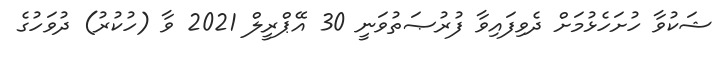
ޝަކުވާ ހުށަހެޅުމަށް ދެވިފައިވާ ފުރުޞަތުވަނީ 30 އޭޕްރީލް 2021 ވާ (ހުކުރު) ދުވަހުގެ